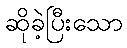
ဆိုခဲ့ပြီးသော